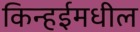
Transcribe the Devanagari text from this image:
किन्हईमधील